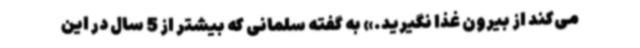
می‌کند از بیرون غذا نگیرید.» به گفته سلمانی که بیشتر از 5 سال در این